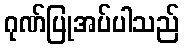
ဂုဏ်ပြုအပ်ပါသည်